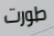
طورت